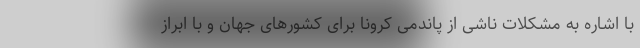
با اشاره به مشکلات ناشی از پاندمی کرونا برای کشورهای جهان و با ابراز